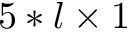
5 * l \times 1